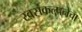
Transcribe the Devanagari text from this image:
स्वसंकल्पनेचा